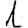
Digit: 1